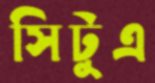
সিটুএ